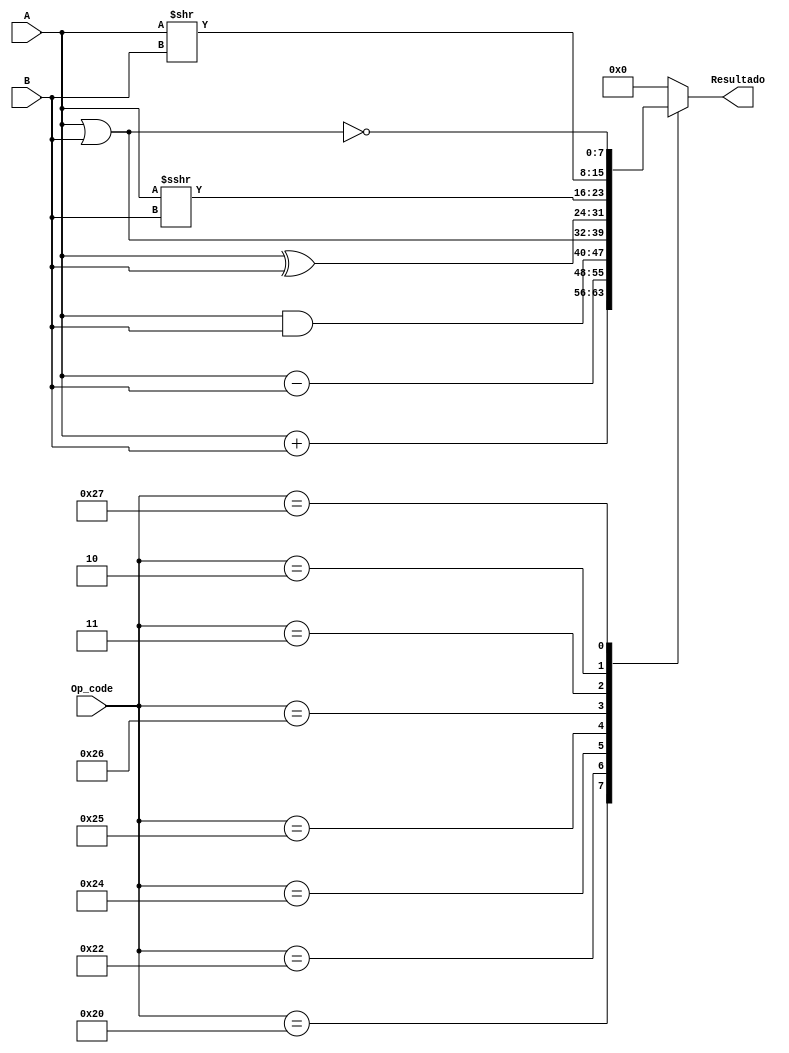
// Design Name: 
// Module Name: Alu
// Project Name: 
// Target Devices: 
// Tool Versions: 
// Description: 
// 
// Dependencies: 
// 
// Revision:
// Revision 0.01 - File Created
// Additional Comments:
// 
//////////////////////////////////////////////////////////////////////////////////

/*
ALU 
|Op_Code     |   Operation
| 000011(03H)|   Aritmethic Rigth shift
| 000010(02H)|   Logic Rigth shift;
| 100000(20H)|   ADD
| 100010(22H)|   SUB
| 100100(24H)|   AND
| 100101(25H)|   OR
| 100110(26H)|   XOR
| 100111(27H)|   NOR
| Other      |   0
*/

module Alu#(parameter DATA_LENGTH=8)
			 (
			 input wire signed [(DATA_LENGTH-1):0] A,
			 input wire signed [(DATA_LENGTH-1):0] B,
			  input wire [5:0] Op_code,
			  output reg signed [(DATA_LENGTH-1):0] Resultado
			  );

	always @(*)
	begin
		case(Op_code)
			6'b100000: Resultado=A+B;//ADD
			6'b100010: Resultado=A-B;//SUB
			6'b100100: Resultado=A&B;//AND
			6'b100101: Resultado=A|B;//OR
			6'b100110: Resultado=A^B;//XOR
			6'b000011: Resultado=A>>>B;//SRA
			6'b000010: Resultado=A>>B;//SRL
			6'b100111: Resultado=~(A|B);//NOR
			default: Resultado={(DATA_LENGTH){1'b0}};
		endcase
	end
	
endmodule